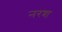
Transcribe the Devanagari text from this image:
नरश